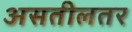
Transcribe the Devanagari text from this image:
असतीलतर